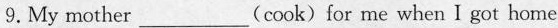
9.My mother___(cook)for me when I got home